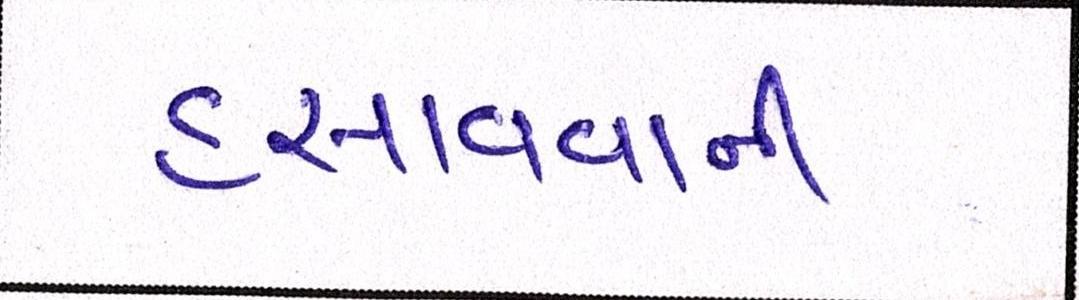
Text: હસાવવાની